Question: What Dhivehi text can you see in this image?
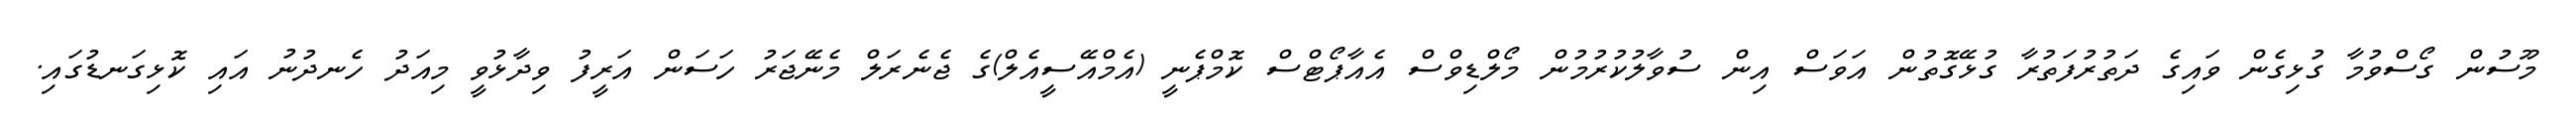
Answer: މޫސުން ގޯސްވުމާ ގުޅިގެން ވައިގެ ދަތުރުފަތުރާ ގުޅޭގޮތުން އަވަސް އިން ސުވާލުކުރުމުން މޯލްޑިވްސް އެއާޕޯޓްސް ކޮމްޕެނީ (އެމްއޭސީއެލް)ގެ ޖެނެރަލް މެނޭޖަރު ހަސަން އަރީފު ވިދާޅުވީ މިއަދު ހެނދުނު އައި ކޮޅިގަނޑުގައި.